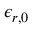
\epsilon _ { r , 0 }